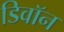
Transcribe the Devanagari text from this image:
डिवॉन